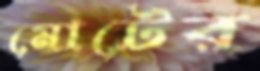
মোটের